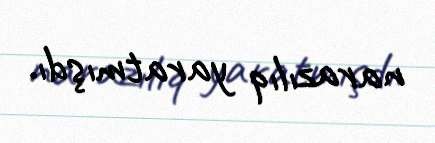
narazılıq yaratmışdı.